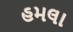
હમલા